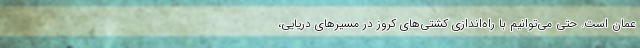
عمان است. حتی می‌توانیم با راه‌اندازی کشتی‌های کروز در مسیرهای دریایی،